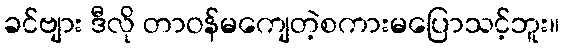
ခင်ဗျား ဒီလို တာဝန်မကျေတဲ့စကားမပြောသင့်ဘူး။